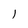
Character: l